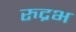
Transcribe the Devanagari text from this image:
रुद्रभ